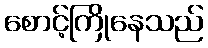
စောင့်ကြိုနေသည်